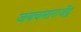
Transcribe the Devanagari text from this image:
जयचमाराजेंद्र